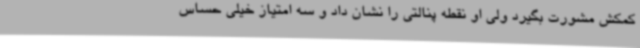
کمکش مشورت بگیرد ولی او نقطه پنالتی را نشان داد و سه امتیاز خیلی حساس